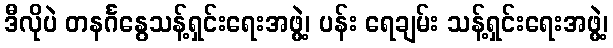
ဒီလိုပဲ တနင်္ဂနွေသန့်ရှင်းရေးအဖွဲ့၊ ပန်း ရေချမ်း သန့်ရှင်းရေးအဖွဲ့၊